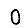
Digit: 0